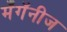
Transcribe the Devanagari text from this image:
मँगॅनीज